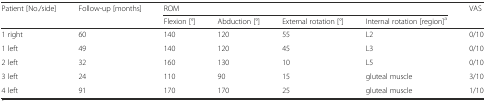
| Patient [No./side] | Follow-up [months] | <COLSPAN=4> ROM | VAS |
 |  |  | Flexion [°] | Abduction [°] | External rotation [°] | Internal rotation [region]a |  |
 | --- | --- | --- | --- | --- | --- | --- |
 | 1 right | 60 | 140 | 120 | 55 | L2 | 0/10 |
 | 1 left | 49 | 140 | 120 | 45 | L3 | 0/10 |
 | 2 left | 32 | 160 | 130 | 10 | L5 | 0/10 |
 | 3 left | 24 | 110 | 90 | 15 | gluteal muscle | 3/10 |
 | 4 left | 91 | 170 | 170 | 25 | gluteal muscle | 1/10 |